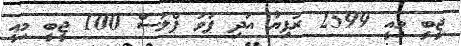
ޖީބީ މިއީ 2599 ރުފިޔާ އަދި ޕަވަ ޕްލަސް 100 ޖީބީ މިއީ